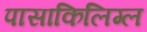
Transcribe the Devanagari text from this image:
पासाकिलिग्ल